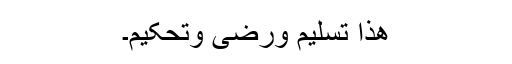
ھٰذَا تَسْلِیْمٌ وَرَضِیٍّ وَتَحْکِیْمٌ۔